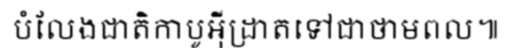
បំលែងជាតិកាបូអ៊ីដ្រាតទៅជាថាមពល៕